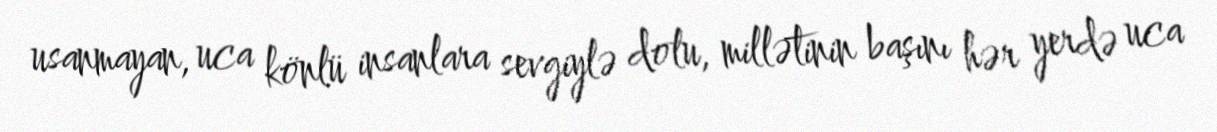
usanmayan, uca könlü insanlara sevgiylə dolu, millətinin başını hər yerdə uca